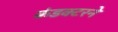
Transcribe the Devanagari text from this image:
कंडक्टरने